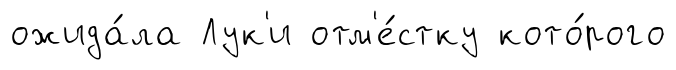
ожида́ла Лук'и отм'е́стку кото́рого